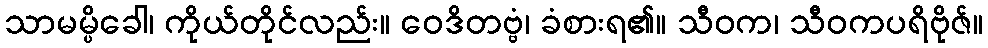
သာမမ္ပိခေါ၊ ကိုယ်တိုင်လည်း။ ဝေဒိတဗ္ဗံ၊ ခံစားရ၏။ သီဝက၊ သီဝကပရိဗိုဇ်။